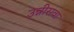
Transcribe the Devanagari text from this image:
उन्नीसवा